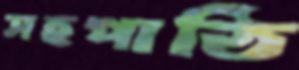
সহপাঠি